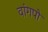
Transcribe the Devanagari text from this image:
वांगपो